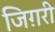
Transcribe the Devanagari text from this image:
जिग़री